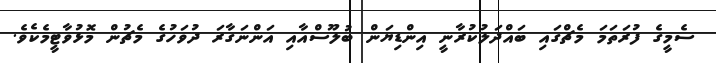
ސެމީގެ ފުރަތަމަ މެޗްގައި ބައްދަލުކުރާނީ އިންޑިޔަން ބުލޫސްއާއި އަންނަގާރަ ދުވަހުގެ މެޗުން މޮޅުވާޓީމެކެވެ.